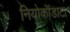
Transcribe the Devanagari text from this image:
नियोकॉडाटा